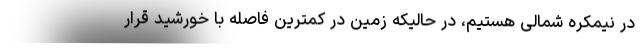
در نیمکره شمالی هستیم، در حالیکه زمین در کمترین فاصله با خورشید قرار